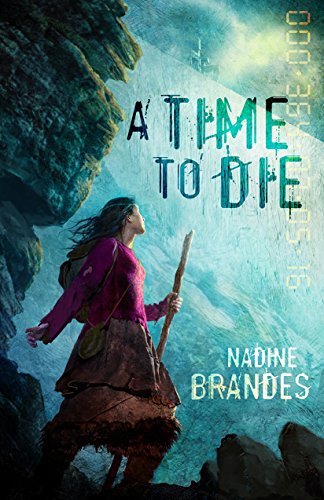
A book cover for A Time to Die (Out of Time Book 1); Nadine Brandes; Christian Books & Bibles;